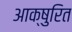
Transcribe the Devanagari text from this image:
आक्षुरित